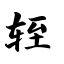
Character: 轾